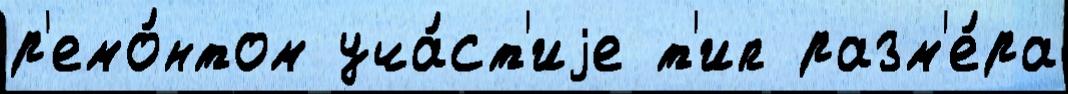
р'емо́нтом уча́ст'иjе т'ип разм'е́ра